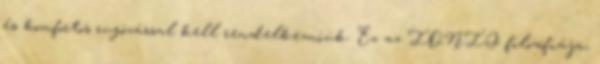
és komfortos rugózással kell rendelkezniük. Ez az IONIQ filozófiája,